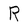
Character: R